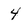
Character: 4